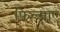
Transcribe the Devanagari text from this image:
फिल्‍माए